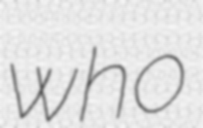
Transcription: who